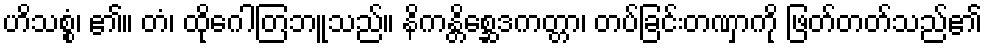
ဟိသစ္စံ၊ ၏။ တံ၊ ထိုဂေါတြဘူသည်။ နိကန္တိစ္ဆေဒကတ္တာ၊ တပ်ခြင်းတဏှာကို ဖြတ်တတ်သည်၏